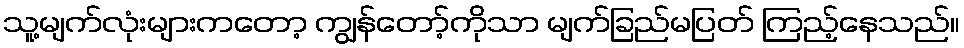
သူ့မျက်လုံးများကတော့ ကျွန်တော့်ကိုသာ မျက်ခြည်မပြတ် ကြည့်နေသည်။